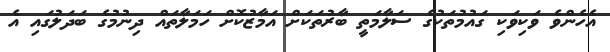
އެހެންވެ ވަކިވަކި ގައުމުތަކުގެ ސަލާމަތީ ބާރުތަކަށް އަމާޒުކޮށް ހަމަލާތައް ދިނުމުގެ ބަދަލުގައި އެ